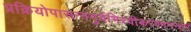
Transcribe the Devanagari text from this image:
प्रक्रियोपासन्नगुर्वभिरवीकरणानन्तरं